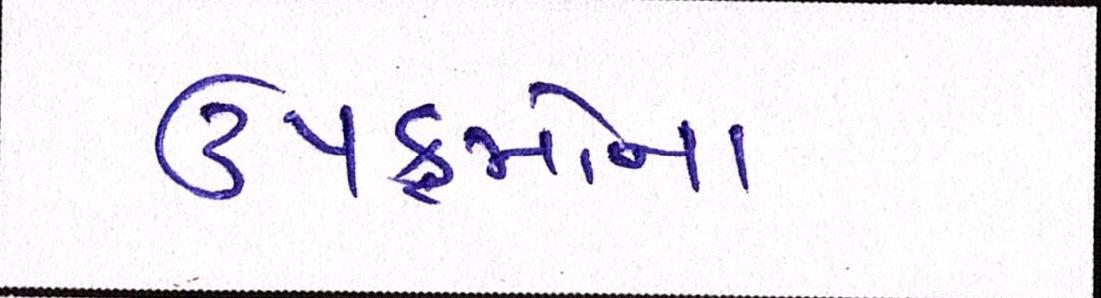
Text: ઉપક્રમોનો